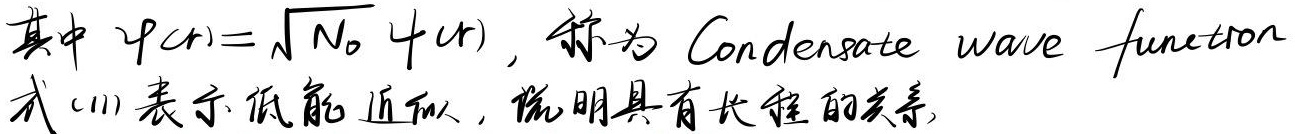
其中 $\varphi(\boldsymbol{r})=\sqrt{N_0}\psi(\boldsymbol{r})$，称为 Condensate wave function。

式 (11) 表示低能近似，说明具有长程的关系。